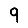
Digit: 9